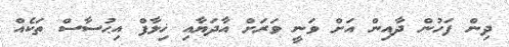
ދިން ފަހުން ދާއިން އަށް ވަނީ ވަރަށް އާދަޔާއި ޚިލާފް އިޙުސާސް ތަކެއް